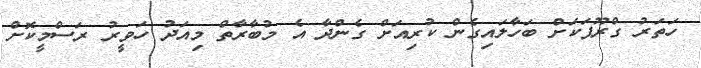
ހަތަރު ގްރޫޕަކަށް ބަހާލައިގެން ކުރިއަށް ގެންދާ އެ މުބާރާތް މިއަދު ހަވީރު ރަސްމީކޮށް